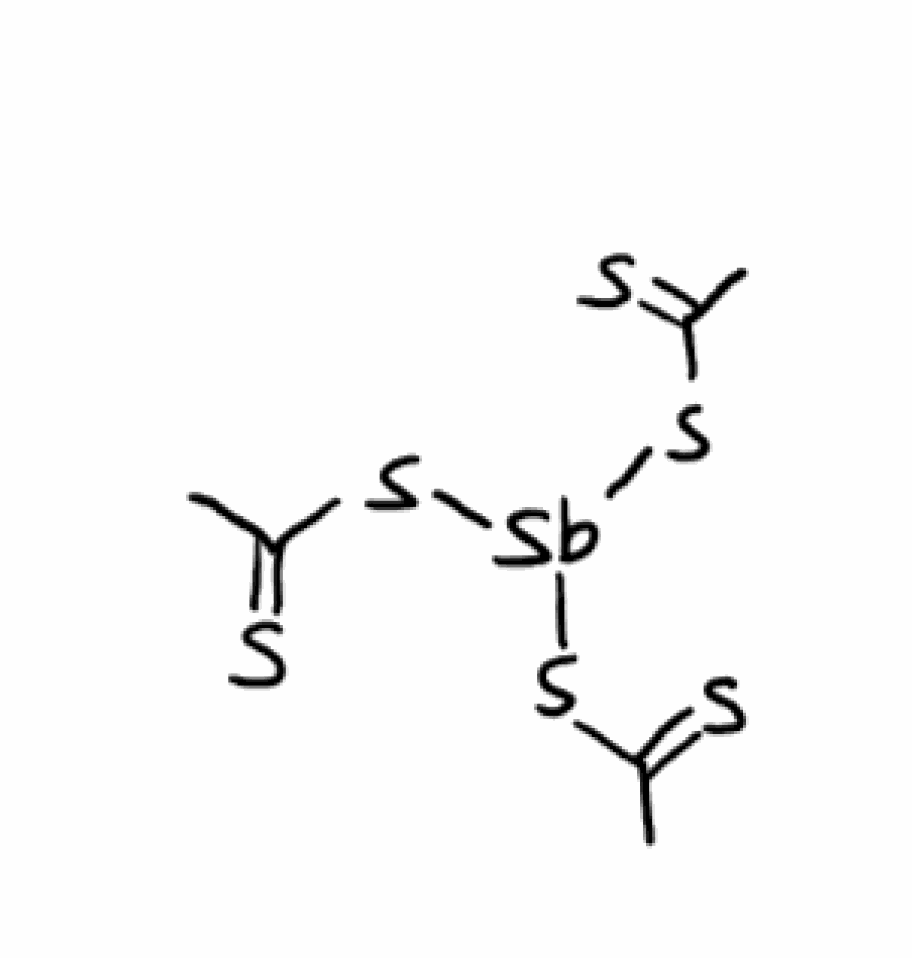
Simplified molecular-input line-entry system (SMILES) notation of the given molecule:
CC(=S)S[Sb](SC(=S)C)SC(=S)C